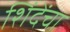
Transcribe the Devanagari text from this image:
शिंदेंचा